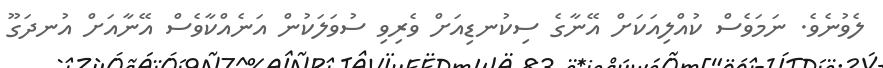
ލެވުނެވެ. ނަމަވެސް ކުއްލިއަކަށް އޭނާގެ ސިކުނޑިއަށް ވެރިވި ސުވަލަކުން އަނެއްކާވެސް އޭނާއަށް އުނދަގޫ